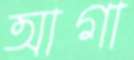
আগা